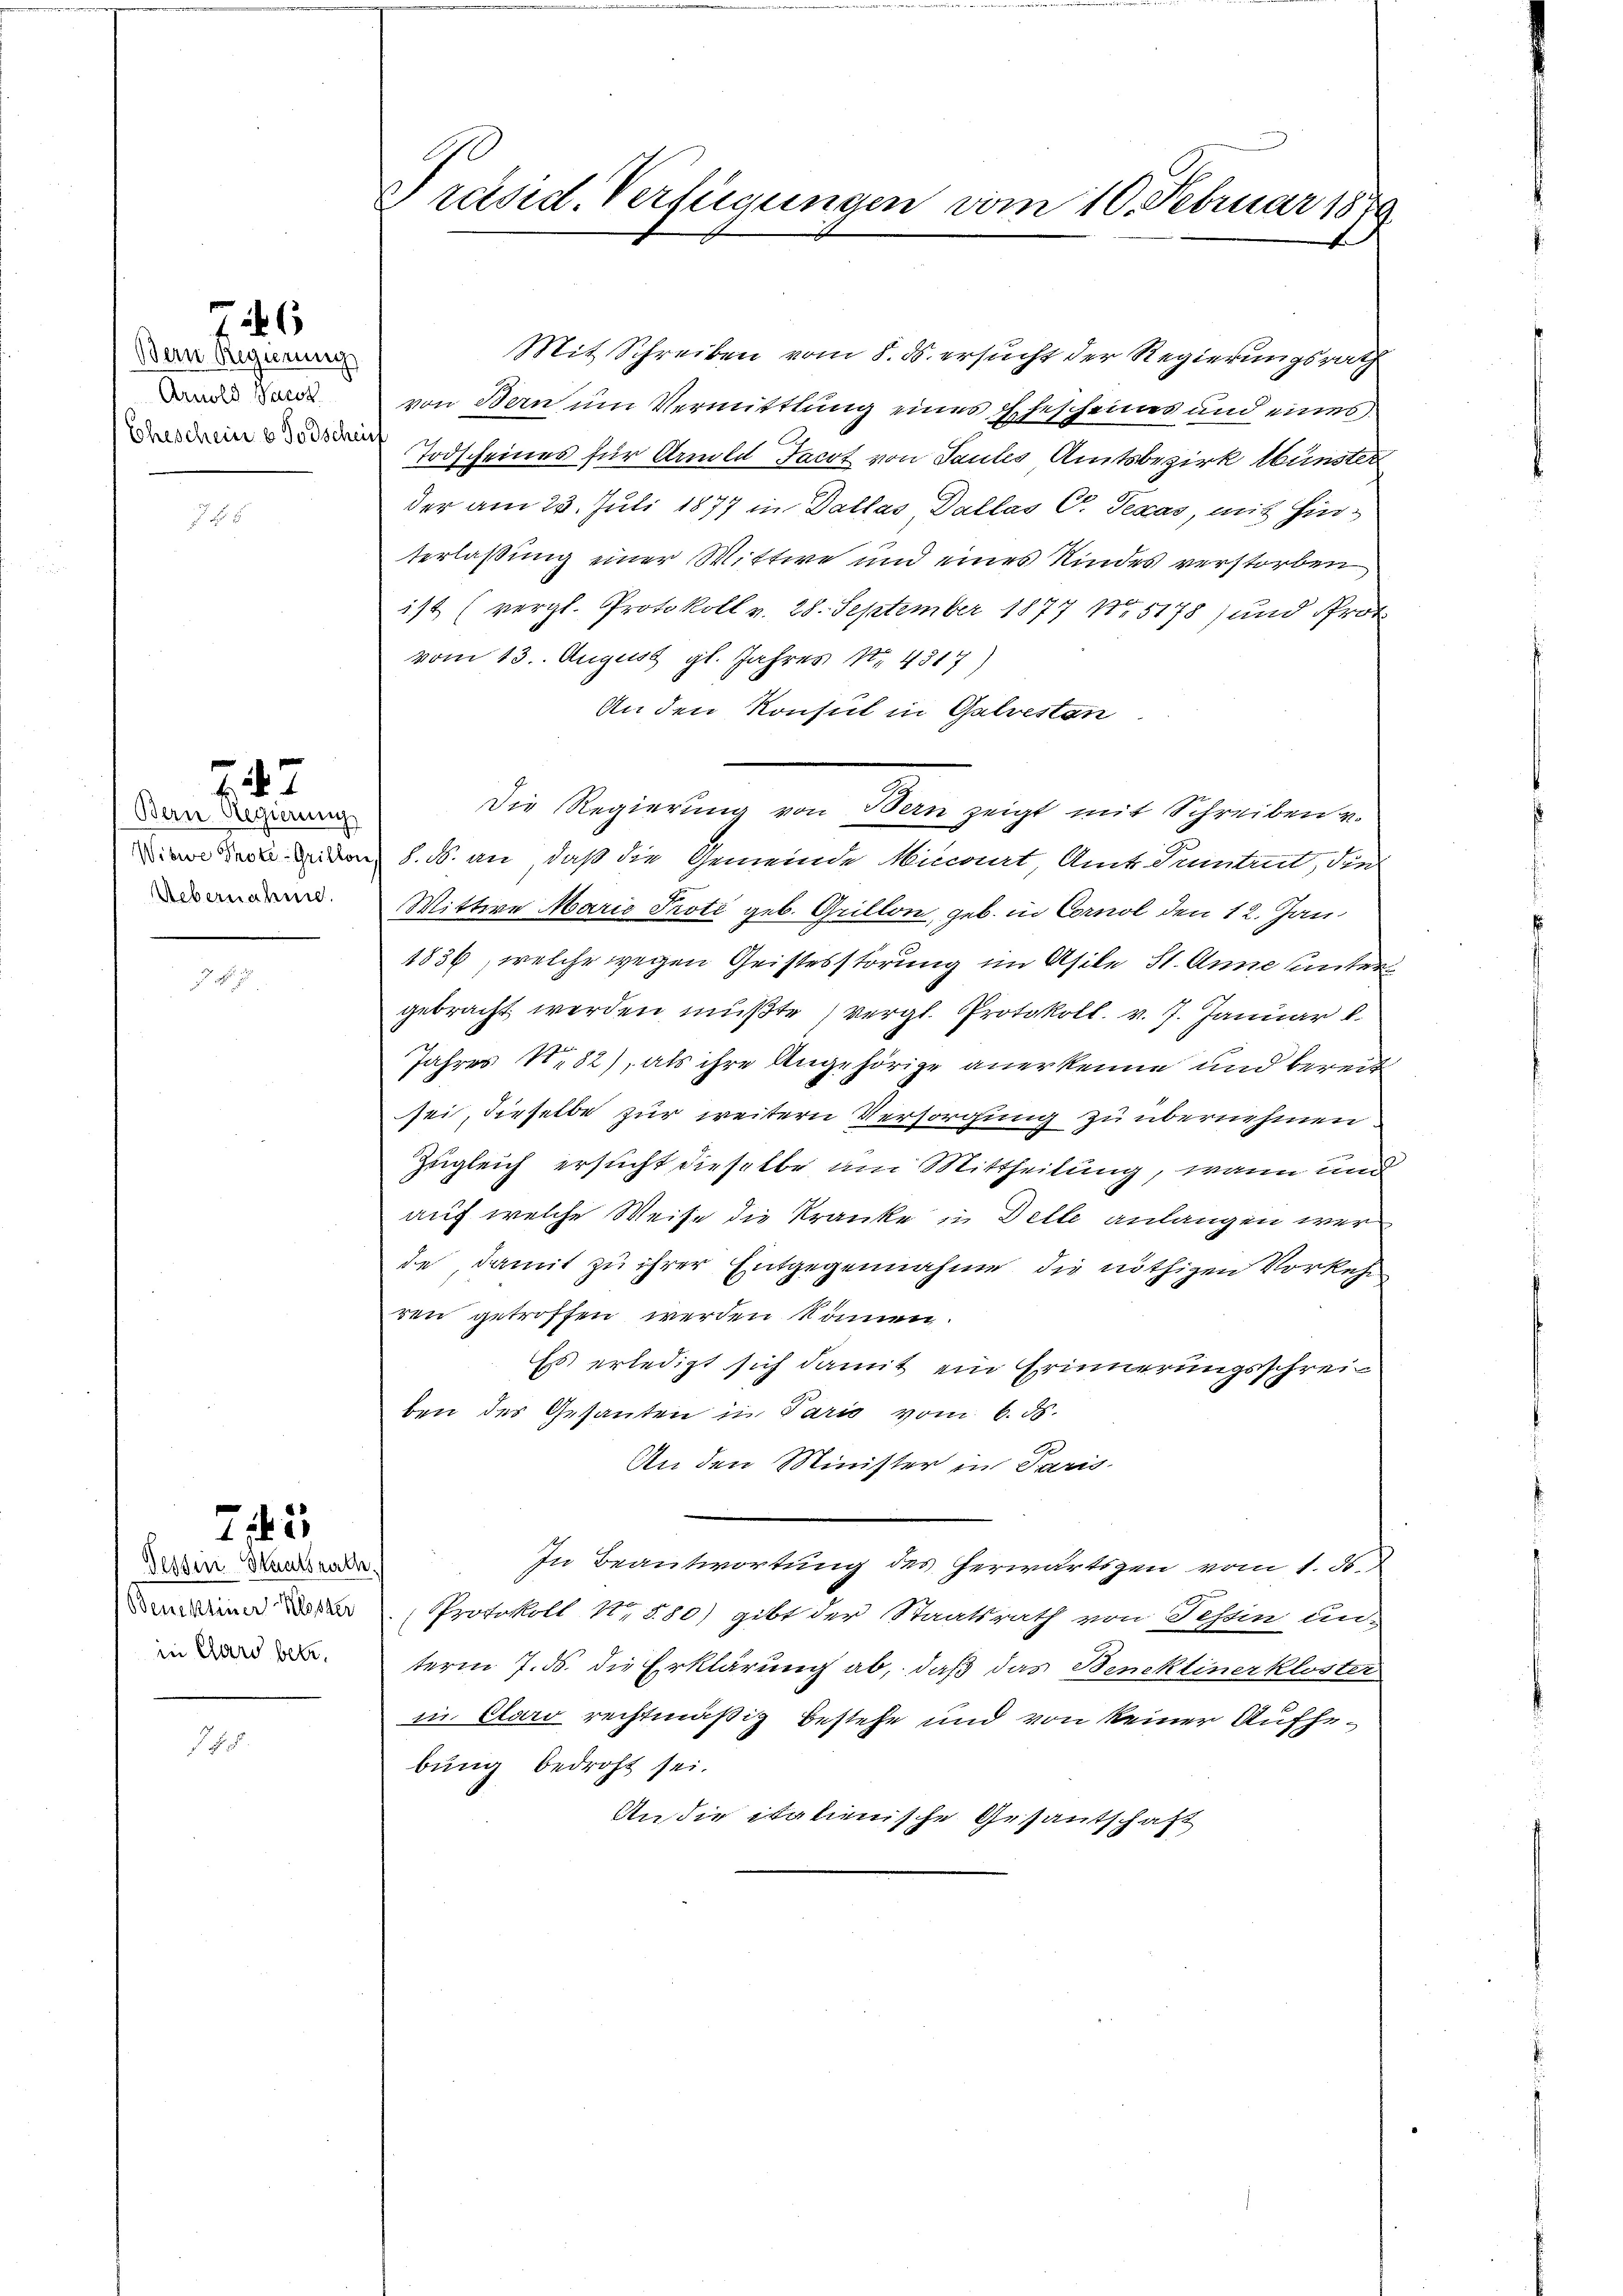
Bern Regierung
Amold Pack

27

Bern Regierung
Uebernahme.

Tessin Staatsrath.
in Clars betr.

22

Präsid. Verfügungen vom 10. Februar 1879.

Mit Schreiben vom 8. ds. ersucht der Regierungsrath
von Bern um Vermittlung eines Ehescheines und eines
in Todscheines für Amle Jacot von Sautes Amtsbezirk Münster
der am 28. Juli 1877 in Dallas, Dallas P. Texas, mit Hinterlaßung einer Wittwe und eines Kindes verstorben
ist (vergl. Protokoll v. 28. September 1877 No 5178) und Prot
vom 13. August gl. Jahres Nr. 4817)
An den Konsul in Galrestan
n der den S. B. an, daß die Gemeinde Minnat, Amts Sentirt, die
Mittwe Marie Proti geb. Grillon, geb. in Cornol den 12. Jan
1836, welche wegen Geistesstörung im Asike St. Anna unter
gebracht werden mußte (vergl. Protokoll. v. 7. Januar l.
Jahres N. 82), als ihre Angehörige anerkenne und bereit
sei, dieselbe zur weitern Versorgung zu übernehmen.
Zugleich ersucht dieselbe am Mittheilung, wann und
auf welche Weise die Kranke in Delle anlangen wer
de, damit zu ihrer Entgegennahme die nöthigen Vorkehr
ren getroffen werden können.
Es erledigt sich damit ein Erinnerungsschreiben der Gesanten in Paris vom 6. ds.
An den Minister in Paris
In Beantwortung des herwärtigen vom 1. ds.
deine der Protokoll No 880) gibt der Staatsrath von Tessin un-
term 7. ds. die Erklärung ab, daß das Bencktiner kloster
in Claro rechtmäßig bestehe und von keiner Aufhebung bedroht sei.
An die italienische Gesantschaft

Die Regierŭng von Bern zeigt mit Schreiben v.